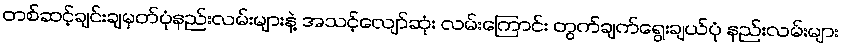
တစ်ဆင့်ချင်းချမှတ်ပုံနည်းလမ်းများနဲ့ အသင့်လျော်ဆုံး လမ်းကြောင်း တွက်ချက်ရွေးချယ်ပုံ နည်းလမ်းများ